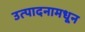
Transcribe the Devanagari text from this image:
उत्पादनामधून